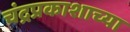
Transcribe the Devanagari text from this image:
चंद्रप्रकाशाच्या